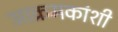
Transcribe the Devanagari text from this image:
आक्रमकांशी